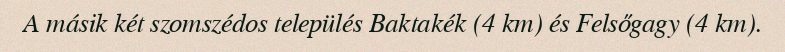
A másik két szomszédos település Baktakék (4 km) és Felsőgagy (4 km).